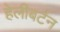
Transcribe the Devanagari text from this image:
हेलीबर्टन